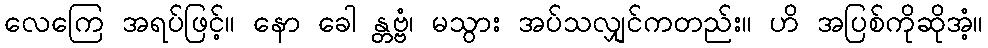
လေကြေ အရပ်ဖြင့်။ နော ခေါ န္တဗ္ဗံ၊ မသွား အပ်သလျှင်ကတည်း။ ဟိ အပြစ်ကိုဆိုအံ့။